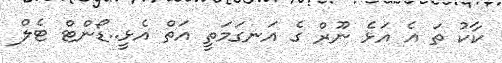
ކާކު ތަ އެ އަޅެ ނޫރް ގެ އަނގަމަތީ އަތް އެޅީ..ޑޯންޓް ޓެލް